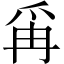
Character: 爯